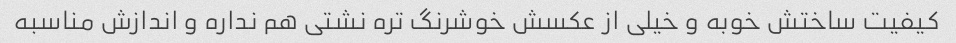
کیفیت ساختش خوبه و خیلی از عکسش خوشرنگ تره نشتی هم نداره و اندازش مناسبه